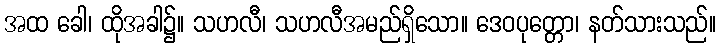
အထ ခေါ၊ ထိုအခါ၌။ သဟလီ၊ သဟလီအမည်ရှိသော။ ဒေဝပုတ္တော၊ နတ်သားသည်။